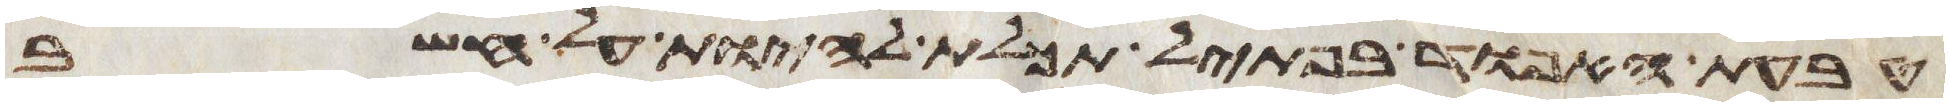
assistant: טבעת האפוד בפתיל תכלת להיות על חשב